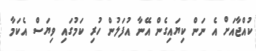
ކުއްޖާއަށް އެ ނަން ކިޔައިގެން އޭނާ އުފަލުން ހުރި ކަމުގައި ވިޔަސް އެކަމާ